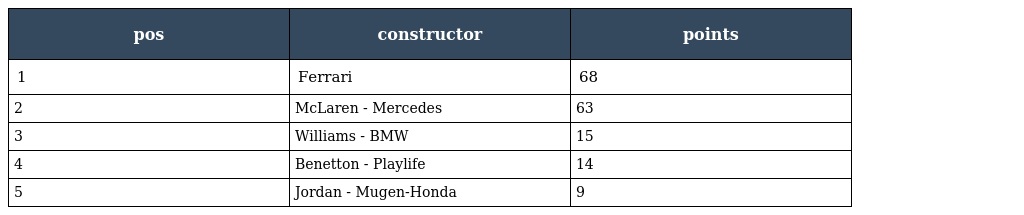
| pos | constructor | points |
 | --- | --- | --- |
 | 1 | Ferrari | 68 |
 | 2 | McLaren - Mercedes | 63 |
 | 3 | Williams - BMW | 15 |
 | 4 | Benetton - Playlife | 14 |
 | 5 | Jordan - Mugen-Honda | 9 |